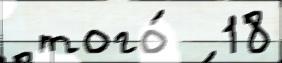
 того́  18